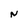
Character: N